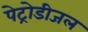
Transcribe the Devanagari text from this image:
पेट्रोडीजल